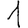
Digit: 1